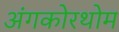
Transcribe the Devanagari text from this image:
अंगकोरथोम